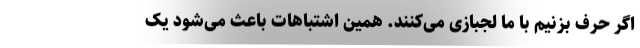
اگر حرف بزنیم با ما لجبازی می‌کنند. همین اشتباهات باعث می‌شود یک